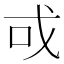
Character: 戓